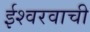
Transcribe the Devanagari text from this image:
ईश्वरवाची